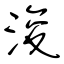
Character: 浚